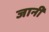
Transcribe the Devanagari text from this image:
जानीं